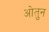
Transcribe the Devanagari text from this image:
ओतुन